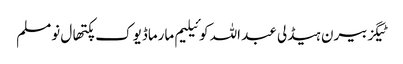
ٹیگزبیرن ہیڈلی عبد اللہ کوئیلیم مارماڈیوک پکتھال نومسلم